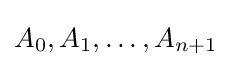
A_{0},A_{1},\ldots ,A_{n+1}